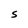
Character: S